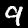
Digit: 9